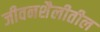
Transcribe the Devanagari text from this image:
जीवनशैलीतील